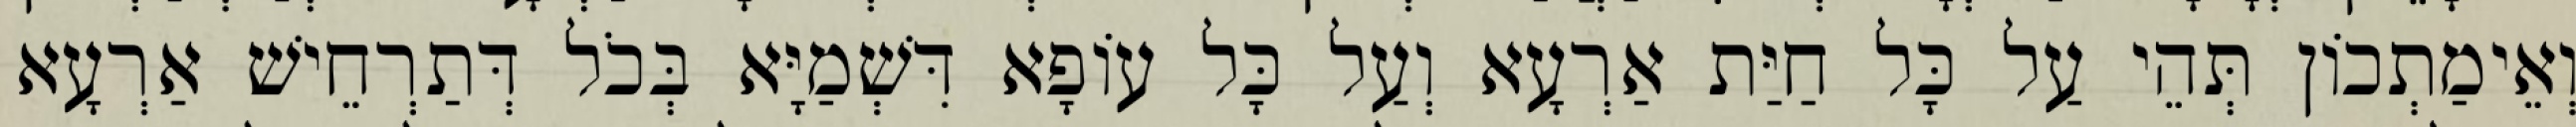
וְאֵימַתְכוֹן תְּהֵי עַל כָּל חַיַּת אַרְעָא וְעַל כָּל עוֹפָא דִּשְׁמַיָּא בְּכֹל דְּתַרְחֵישׁ אַרְעָא